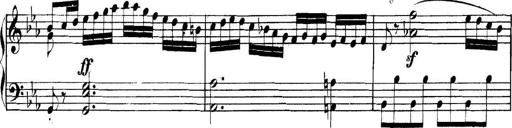
Title: Collected Piano Sonatas
Composer: Muzio Clementi